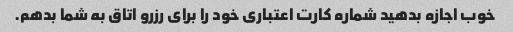
خوب اجازه بدهید شماره کارت اعتباری خود را برای رزرو اتاق به شما بدهم.